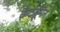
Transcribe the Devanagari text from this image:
कैटवूमैन